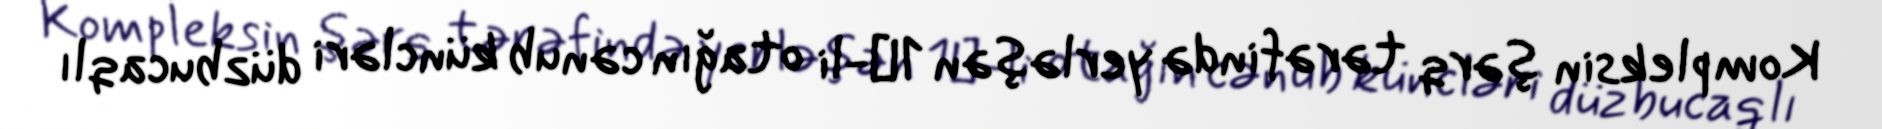
Kompleksin şərq tərəfində yerləşən 1№-li otağın cənub küncləri düzbucaqlı